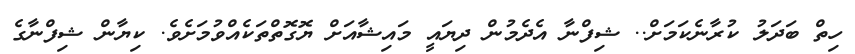
ހިތް ބަދަލު ކުރާނެކަމަށް.. ޝިފްނާ އެދެމުން ދިޔައީ މައިޝާއަށް ޔޮގޮތްތަކެއްވުމަށެވެ. ކިޔާން ޝިފްނާގެ